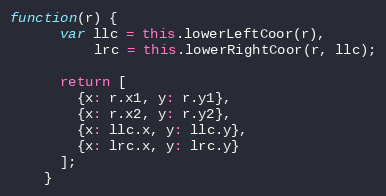
Language: JavaScript
function(r) {
      var llc = this.lowerLeftCoor(r),
          lrc = this.lowerRightCoor(r, llc);

      return [
        {x: r.x1, y: r.y1},
        {x: r.x2, y: r.y2},
        {x: llc.x, y: llc.y},
        {x: lrc.x, y: lrc.y}
      ];
    }